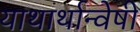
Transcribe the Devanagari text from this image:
याथार्थान्वेषी